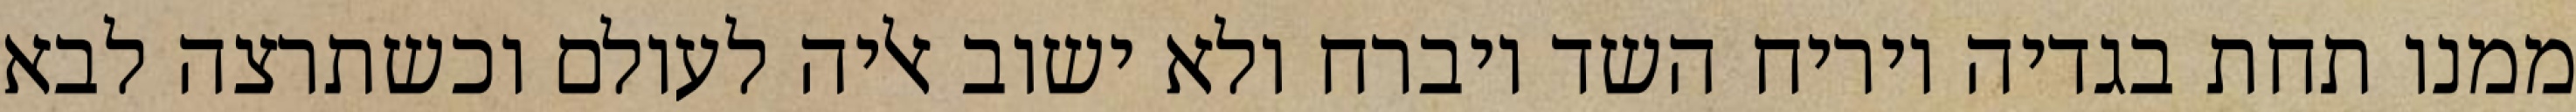
ממנו תחת בגדיה ויריח השד ויברח ולא ישוב אליה לעולם וכשתרצה לבא